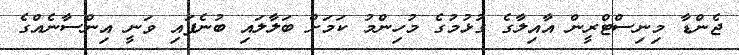
ޖެންޑާ މިނިސްޓްރީން އާއިލާގެ ގުޅުމުގެ މުހިންމު ކަމަށް ބަލާލައި ބުނެފައި ވަނީ އިންސާނެއްގެ